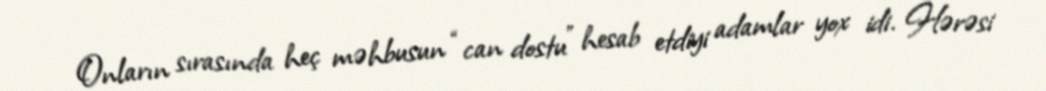
Onların sırasında heç məhbusun “can dostu” hesab etdiyi adamlar yox idi. Hərəsi